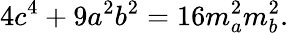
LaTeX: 4c^{4}+9a^{2}b^{2}=16m_{a}^{2}m_{b}^{2}.